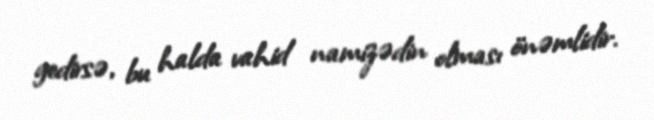
gedirsə, bu halda vahid namizədin olması önəmlidir.